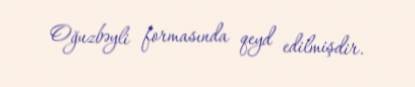
Oğuzbəyli formasında qeyd edilmişdir.